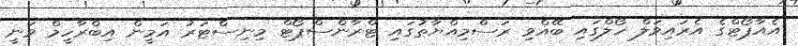
އެއާޕޯޓްގެ އެރައިވަލް ހޯލްގައި ބޭއްވި ރަސްމިއްޔާތުގައި ޓްރާންސްޕޯޓް މިނިސްޓަރު އަމީން އިބްރާހީމް ވަނީ